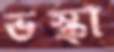
ভস্কা